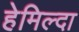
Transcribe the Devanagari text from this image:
हेमिल्दा